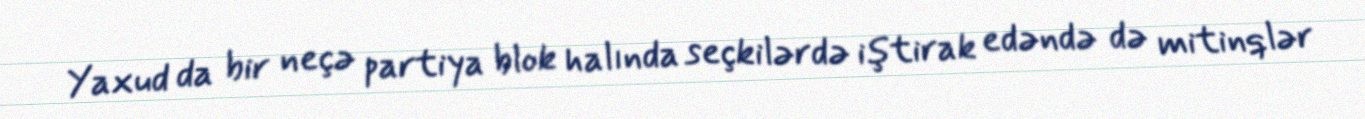
Yaxud da bir neçə partiya blok halında seçkilərdə iştirak edəndə də mitinqlər